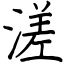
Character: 溠